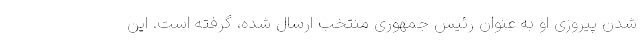
شدن پیروزی او به عنوان رئیس جمهوری منتخب ارسال شده، گرفته است. این